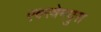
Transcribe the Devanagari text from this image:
एक्स्त्रेमदुरा